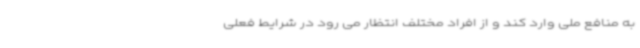
به منافع ملی وارد کند و از افراد مختلف انتظار می رود در شرایط فعلی